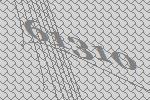
61310